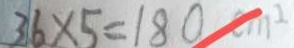
3 6 \times 5 = 1 8 0 c m ^ { 2 }